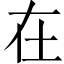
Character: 在